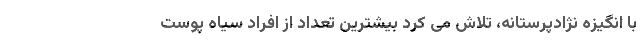
با انگیزه نژادپرستانه، تلاش می کرد بیشترین تعداد از افراد سیاه پوست